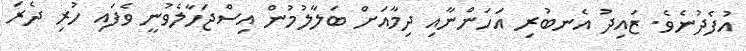
އުފެދުނެެވެ. ޒައިދު އެނބުރި އަހަންނާއި ދިމާއަށް ބަލާލުމުން އިސްޖަހާލެވުނީ ވެފައި ހުރި ދެރަ